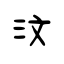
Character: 汶